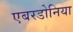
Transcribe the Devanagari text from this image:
एबरडोनिया